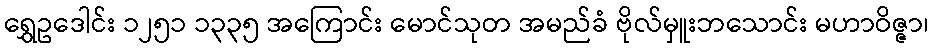
ရွှေဥဒေါင်း ၁၂၅၁ ၁၃၃၅ အကြောင်း မောင်သုတ အမည်ခံ ဗိုလ်မှူးဘသောင်း မဟာဝိဇ္ဇာ၊